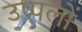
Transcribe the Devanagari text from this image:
उप्पलों